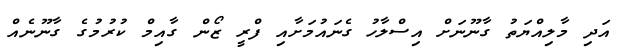
އަދި މާލިއްޔަތު ގާނޫނަށް އިސްލާހު ގެނައުމަށާއި ފްރީ ޒޯން ގާއިމް ކުރުމުގެ ގާނޫނެއް